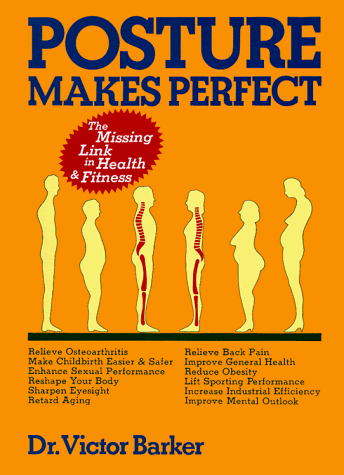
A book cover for Posture Makes Perfect; Victor Barker; Parenting & Relationships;